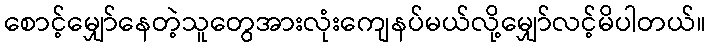
စောင့်မျှော်နေတဲ့သူတွေအားလုံးကျေနပ်မယ်လို့မျှော်လင့်မိပါတယ်။